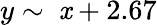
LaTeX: y\sim\ \mathit{x}+2.67